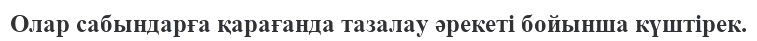
Олар сабындарға қарағанда тазалау әрекеті бойынша күштірек.